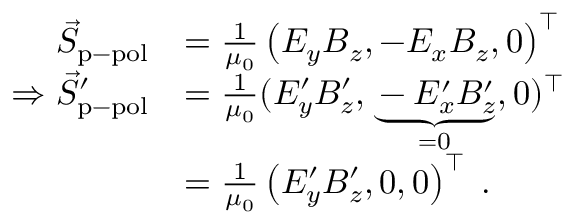
\begin{array} { r l } { \vec { S } _ { \mathrm { p - p o l } } } & { = \frac { 1 } { \mu _ { 0 } } \left( E _ { y } B _ { z } , - E _ { x } B _ { z } , 0 \right) ^ { \top } } \\ { \Rightarrow \vec { S } _ { \mathrm { p - p o l } } ^ { \prime } } & { = \frac { 1 } { \mu _ { 0 } } ( E _ { y } ^ { \prime } B _ { z } ^ { \prime } , \underbrace { - E _ { x } ^ { \prime } B _ { z } ^ { \prime } } _ { = 0 } , 0 ) ^ { \top } } \\ & { = \frac { 1 } { \mu _ { 0 } } \left( E _ { y } ^ { \prime } B _ { z } ^ { \prime } , 0 , 0 \right) ^ { \top } \; . } \end{array}